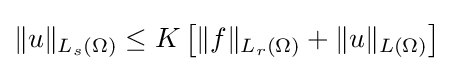
\Vert u\Vert _{L_{s}(\Omega )}\leq K\left[\Vert f\Vert _{L_{r}(\Omega )}+\Vert u\Vert _{L(\Omega )}\right]